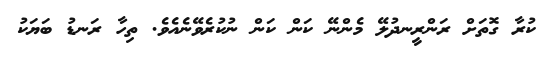
ކުރާ ގޮތަށް ރަންރީނދުލޭ މެންނޭ ކަން ކަން ނުކުރެވޭނެއެވެ. ތިހާ ރަނޑު ބަޔަކު